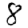
Digit: 8